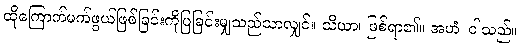
ထိုကြောက်မက်ဖွယ်ဖြစ်ခြင်းကိုပြခြင်းမျှသည်သာလျှင်။ သိယာ၊ ဖြစ်ရာ၏။ အဟံ၊ ငါသည်။